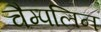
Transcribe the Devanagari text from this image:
चैम्पलिन